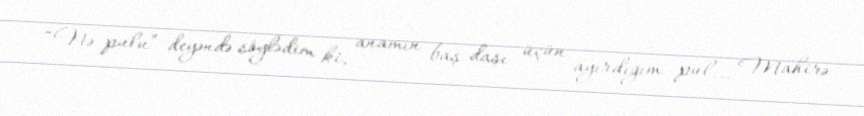
“Nə pulu” deyəndə söylədim ki, anamın baş daşı üçün ayırdığım pul... Mahirə